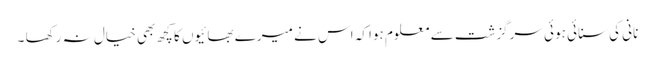
نانی کی سنائی ہوئی سرگزشت سے معلوم ہوا کہ اس نے میرے بھائیوں کا کچھ بھی خیال نہ رکھا ۔